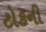
ટોકની